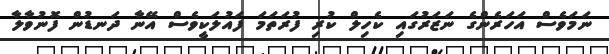
ނަމަވެސް އަހަރެންގެ ނަޒަރުގައި ކެހިލް ކުރި ފުރަތަމަ ފައުލަކީވެސް އޭނާ ދަނޑުން ފޮނުވާލާ